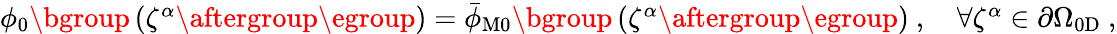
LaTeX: \begin{array}{r}{\phi_{0}\mathopen{}\mathclose\bgroup\left(\zeta^{\alpha}\aftergroup\egroup\right)=\bar{\phi}_{\mathrm{M}0}\mathopen{}\mathclose\bgroup\left(\zeta^{\alpha}\aftergroup\egroup\right)~,\quad\forall\zeta^{\alpha}\in\partial\Omega_{0\mathrm{D}}~,}\end{array}